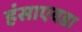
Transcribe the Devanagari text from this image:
हंसाएवडा